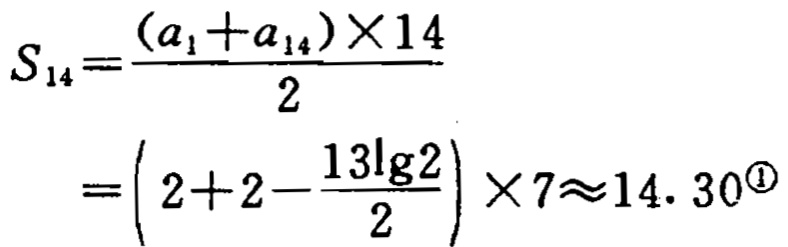
\[

\begin{align*}

S_{14}&=\frac{(a_{1}+a_{14})\times14}{2}\\

&=\left(2 + 2-\frac{13\lg2}{2}\right)\times7\approx14.30^{\textcircled{1}}

\end{align*}

\]